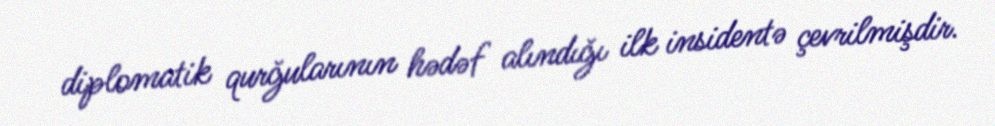
diplomatik qurğularının hədəf alındığı ilk insidentə çevrilmişdir.